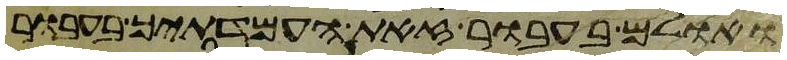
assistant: ואולם בעבור זאת העמדתיך בעבור